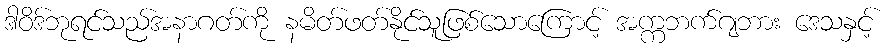
ဒါဝိဒ်ဘုရင်သည်အနာဂတ်ကို နမိတ်ဖတ်နိုင်သူဖြစ်သောကြောင့် အက္ကဘက်ဂျဘား ဒေသနှင့်